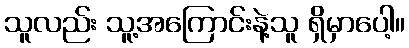
သူလည်း သူ့အကြောင်းနဲ့သူ ရှိမှာပေါ့။